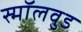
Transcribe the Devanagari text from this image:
स्मॉलवुड